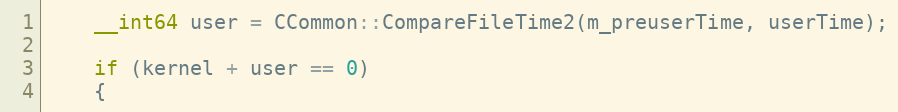
Language: C++
	__int64 user = CCommon::CompareFileTime2(m_preuserTime, userTime);

	if (kernel + user == 0)
	{